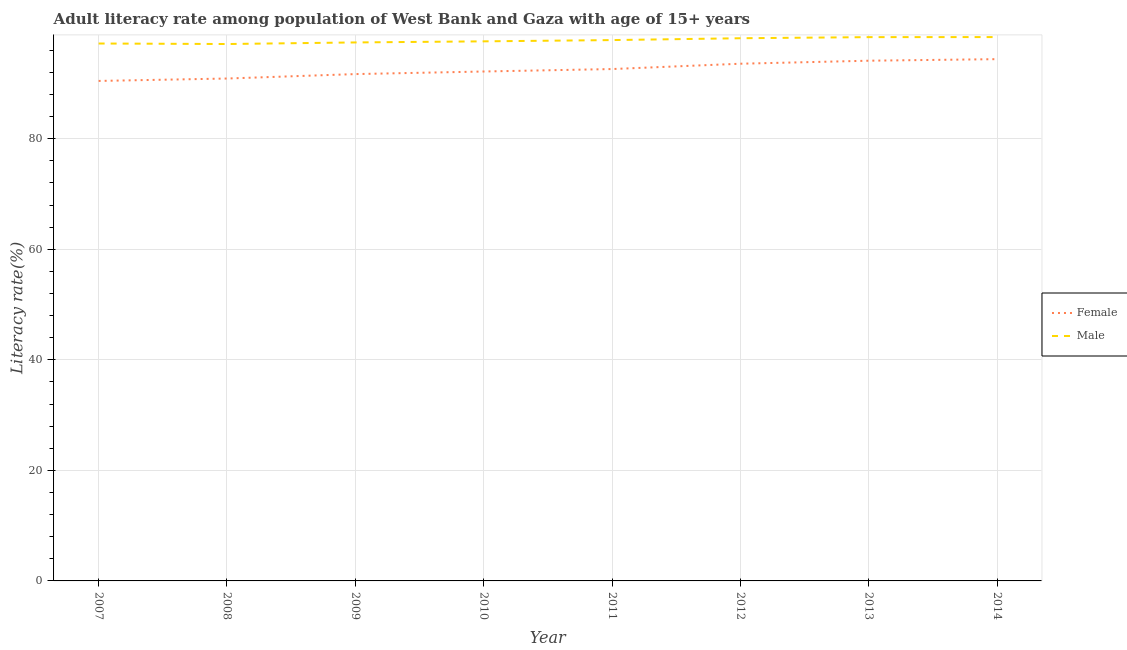
| Year | Female | Male |
 | --- | --- | --- |
 | 2007 | 90.5 | 97.2 |
 | 2008 | 90.9 | 97.1 |
 | 2009 | 91.7 | 97.4 |
 | 2010 | 92.2 | 97.6 |
 | 2011 | 92.6 | 97.9 |
 | 2012 | 93.6 | 98.2 |
 | 2013 | 94.1 | 98.4 |
 | 2014 | 94.4 | 98.4 |